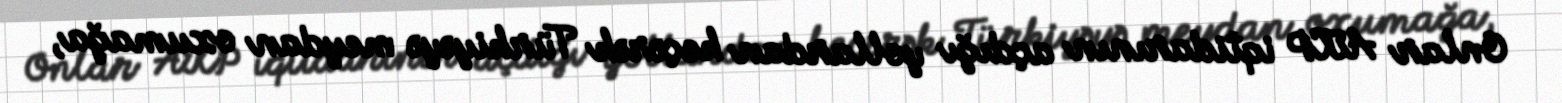
Onlar AKP iqtidarının açdığı yollardan keçərək Türkiyəyə meydan oxumağa,